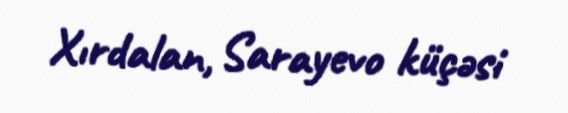
Xırdalan, Sarayevo küçəsi